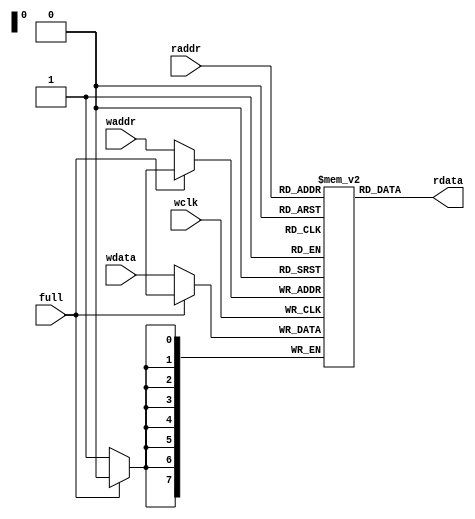
`timescale 1 ns / 1 ps
module fifomem #(parameter WORDSIZE = 8,
                parameter ADDRSIZE = 8)
              (input [ADDRSIZE-1:0] waddr, raddr,
               output[WORDSIZE-1:0] rdata,
               input [WORDSIZE-1:0] wdata,
               input full, wclk);

               reg [WORDSIZE-1:0] mem [0:(1<<ADDRSIZE)-1];

               assign rdata = mem[raddr];
               always @(posedge wclk) begin
                if ( !full )
                  mem[waddr] <= wdata;
               end
endmodule